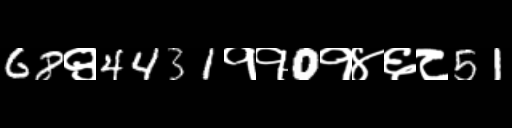
Text: 68९4431११0१४६८51